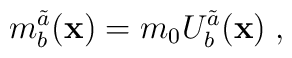
m^{\tilde{a}}_{b}({\bf x})=m_0U^{\tilde{a}}_{b}({\bf x})\;,